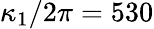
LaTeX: \kappa_{1}/2\pi=530